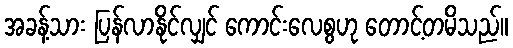
အခန့်သား ပြန်လာနိုင်လျှင် ကောင်းလေစွဟု တောင့်တမိသည်။